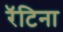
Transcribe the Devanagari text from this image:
रॅटिना